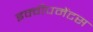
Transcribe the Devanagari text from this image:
इक्वीपमेंटस